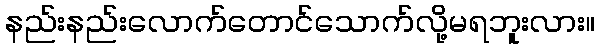
နည်းနည်းလောက်တောင်သောက်လို့မရဘူးလား။